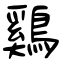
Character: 鷄